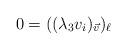
LaTeX: \begin{align*} 0 = ((\lambda_3 v_i)_{\vec{v}})_\ell\end{align*}